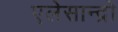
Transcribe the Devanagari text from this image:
एलेसान्द्रो